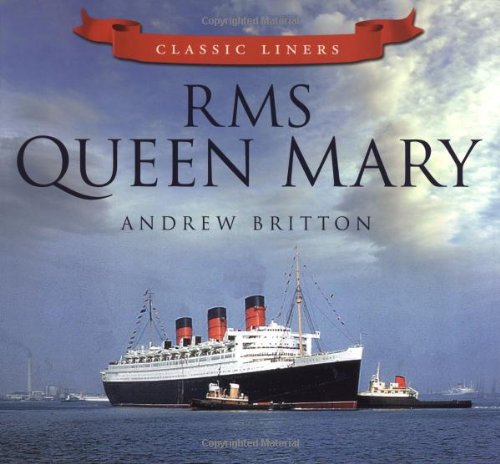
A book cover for RMS Queen Mary (Classic Liners); Andrew Britton; Arts & Photography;